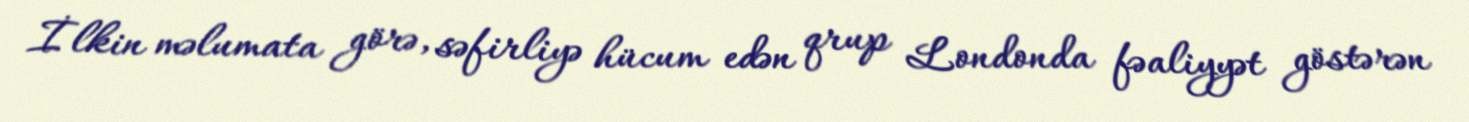
İlkin məlumata görə, səfirliyə hücum edən qrup Londonda fəaliyyət göstərən